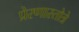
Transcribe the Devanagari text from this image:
प्रेरणास्तोत्रे